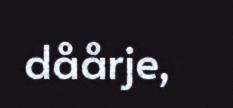
dåårje,